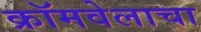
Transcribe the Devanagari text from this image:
क्रॉमवेलाचा